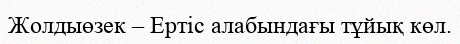
Жолдыөзек – Ертіс алабындағы тұйық көл.